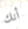
أنك